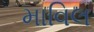
માવિલ